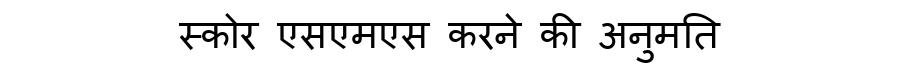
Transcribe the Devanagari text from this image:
स्कोर एसएमएस करने की अनुमति